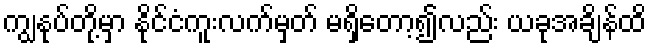
ကျွနုပ်တို့မှာ နိုင်ငံကူးလက်မှတ် မရှိတော့၍လည်း ယခုအချိန်ထိ